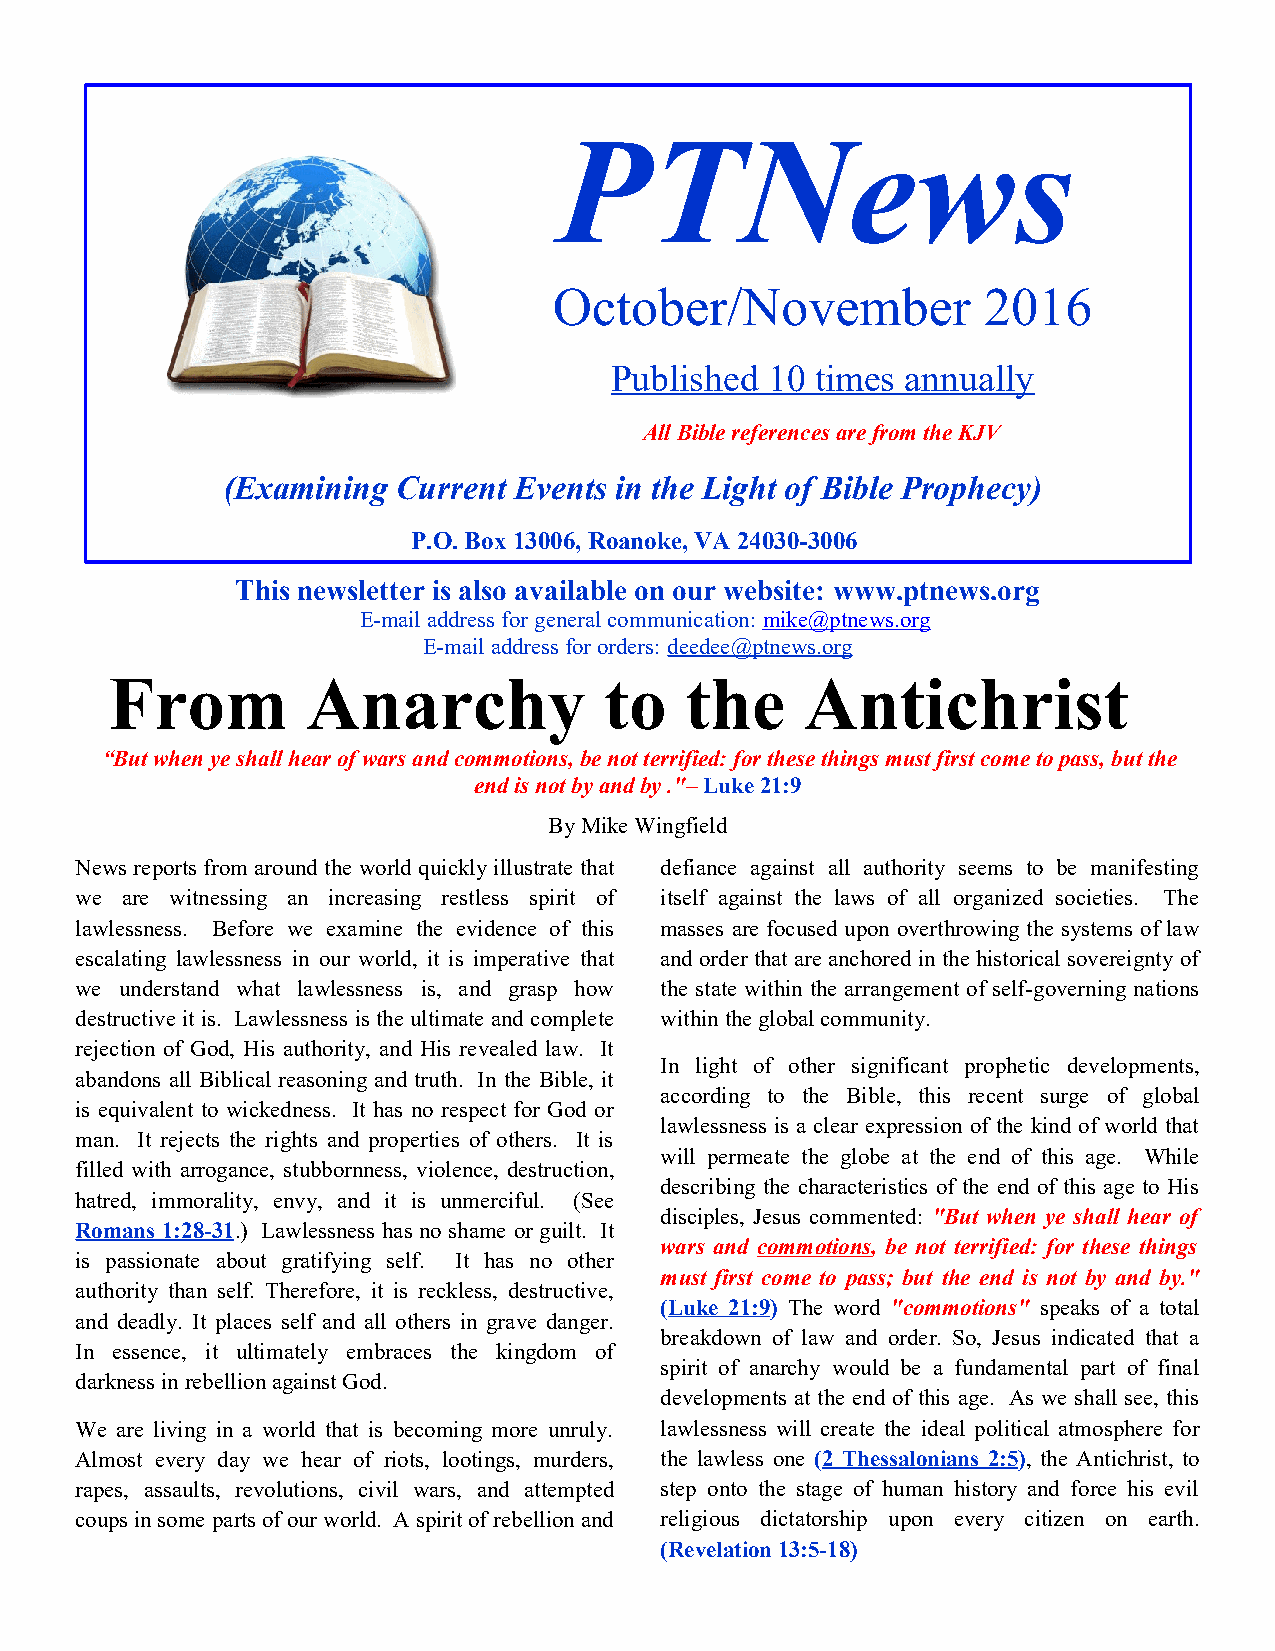
PTNews
 October/November            2016
 Published  10 times annually
 All Bible references are from the KJV
 (Examining Current Events in the Light of Bible Prophecy)
 P.O. Box 13006, Roanoke, VA 24030-3006
 This newsletter is also available on our website: www.ptnews.org
 E-mail address for general communication: mike@ptnews.org
 E-mail address for orders: deedee@ptnews.org
 From         Anarchy             to   the     Antichrist
 “But when ye shall hear of wars and commotions, be not terrified: for these things must first come to pass, but the
 end is not by and by ."– Luke 21:9
 By Mike Wingfield
 News reports from around the world quickly illustrate that defiance against all authority seems to be manifesting
 we are witnessing an increasing restless spirit of itself against the laws of all organized societies. The
 lawlessness. Before we examine the evidence of this masses are focused upon overthrowing the systems of law
 escalating lawlessness in our world, it is imperative that and order that are anchored in the historical sovereignty of
 we understand what lawlessness is, and grasp how the state within the arrangement of self-governing nations
 destructive it is. Lawlessness is the ultimate and complete within the global community.
 rejection of God, His authority, and His revealed law. It
 In light of other significant prophetic developments,
 abandons all Biblical reasoning and truth. In the Bible, it
 according to the Bible, this recent surge of global
 is equivalent to wickedness. It has no respect for God or
 lawlessness is a clear expression of the kind of world that
 man. It rejects the rights and properties of others. It is
 will permeate the globe at the end of this age. While
 filled with arrogance, stubbornness, violence, destruction,
 describing the characteristics of the end of this age to His
 hatred, immorality, envy, and it is unmerciful. (See
 disciples, Jesus commented: "But when ye shall hear of
 Romans 1:28-31.) Lawlessness has no shame or guilt. It
 wars and commotions, be not terrified: for these things
 is passionate about gratifying self. It has no other
 must first come to pass; but the end is not by and by."
 authority than self. Therefore, it is reckless, destructive,
 (Luke 21:9) The word "commotions" speaks of a total
 and deadly. It places self and all others in grave danger.
 breakdown of law and order. So, Jesus indicated that a
 In essence, it ultimately embraces the kingdom of
 spirit of anarchy would be a fundamental part of final
 darkness in rebellion against God.
 developments at the end of this age. As we shall see, this
 We are living in a world that is becoming more unruly. lawlessness will create the ideal political atmosphere for
 Almost every day we hear of riots, lootings, murders, the lawless one (2 Thessalonians 2:5), the Antichrist, to
 rapes, assaults, revolutions, civil wars, and attempted step onto the stage of human history and force his evil
 coups in some parts of our world. A spirit of rebellion and religious dictatorship upon every citizen on earth.
 (Revelation 13:5-18)